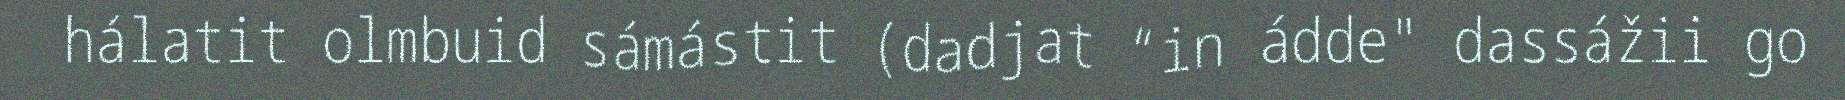
hálatit olmbuid sámástit (dadjat “in ádde" dassážii go